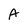
Character: A